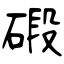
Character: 碫